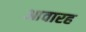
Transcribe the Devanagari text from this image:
आवारह